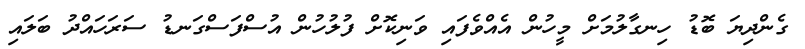
ގެންދިޔަ ބޮޑު ހިނގާލުމަށް މީހުން އެއްވެފައި ވަނިކޮށް ފުލުހުން އުސްފަސްގަނޑު ސަރަހައްދު ބަލައި